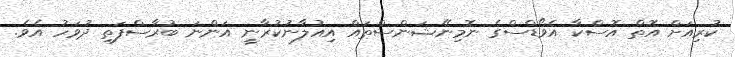
ކުރިއަށް އޮތް އޮސްކާ އެވޯޑްސްގެ ނޮމިނޭޝަންސްތައް އިއުލާނުކުރާނީ އަންނަ ބުރާސްފަތި ދުވަހު އެވެ.